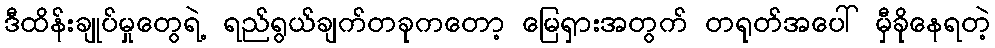
ဒီထိန်းချုပ်မှုတွေရဲ့ ရည်ရွယ်ချက်တခုကတော့ မြေရှားအတွက် တရုတ်အပေါ် မှီခိုနေရတဲ့